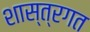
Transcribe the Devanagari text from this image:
शास्त्रगत